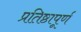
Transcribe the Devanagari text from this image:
प्रतिष्ठापूर्ण